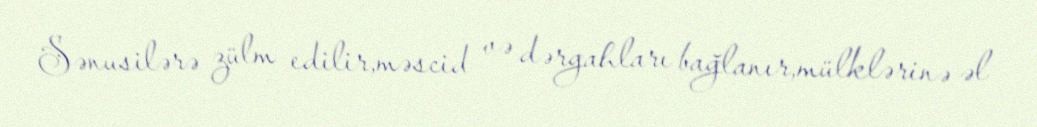
Sənusilərə zülm edilir,məscid və dərgahları bağlanır,mülklərinə əl